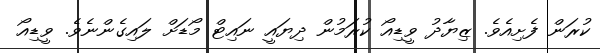
ކުރަން ފެށިއެވެ. ޒިޔާދު ވީޑިއޯ ކުރަމުން ދިޔައީ ނައިޓް މޯޑަށް ލައިގެންނެވެ. ވީޑިއޯ